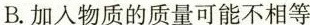
B.加入物质的质量可能不相等